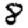
Digit: 8